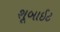
શૂબાઈટ